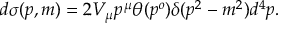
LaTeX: d \sigma ( p , m ) = 2 V _ { \mu } p ^ { \mu } \theta ( p ^ { o } ) \delta ( p ^ { 2 } - m ^ { 2 } ) d ^ { 4 } p .